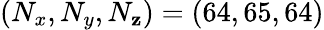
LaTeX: (N_{x},N_{y},N_{\mathbf{z}})=(64,65,64)